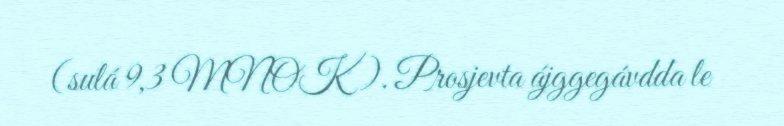
(sulá 9,3 MNOK). Prosjevta ájggegávdda le